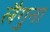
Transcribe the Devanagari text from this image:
लैगुना